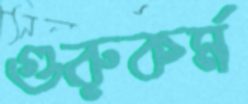
গুরুকর্ম